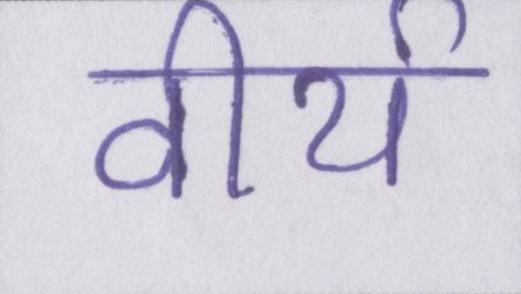
वीर्य